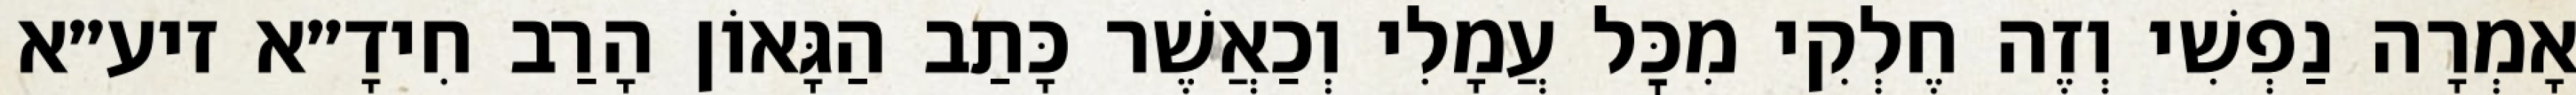
אָמְרָה נַפְשִׁי וְזֶה חֶלְקִי מִכׇּל עֲמָלִי וְכַאֲשֶׁר כָּתַב הַגָּאוֹן הָרַב חִידָ״א זיע״א